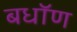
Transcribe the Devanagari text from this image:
बधॉण